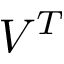
V ^ { T }